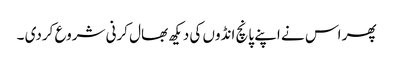
پھر اس نے اپنے پانچ انڈوں کی دیکھ بھال کرنی شروع کردی ۔